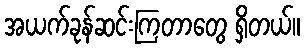
အယက်ခုန်ဆင်းကြတာတွေ ရှိတယ်။